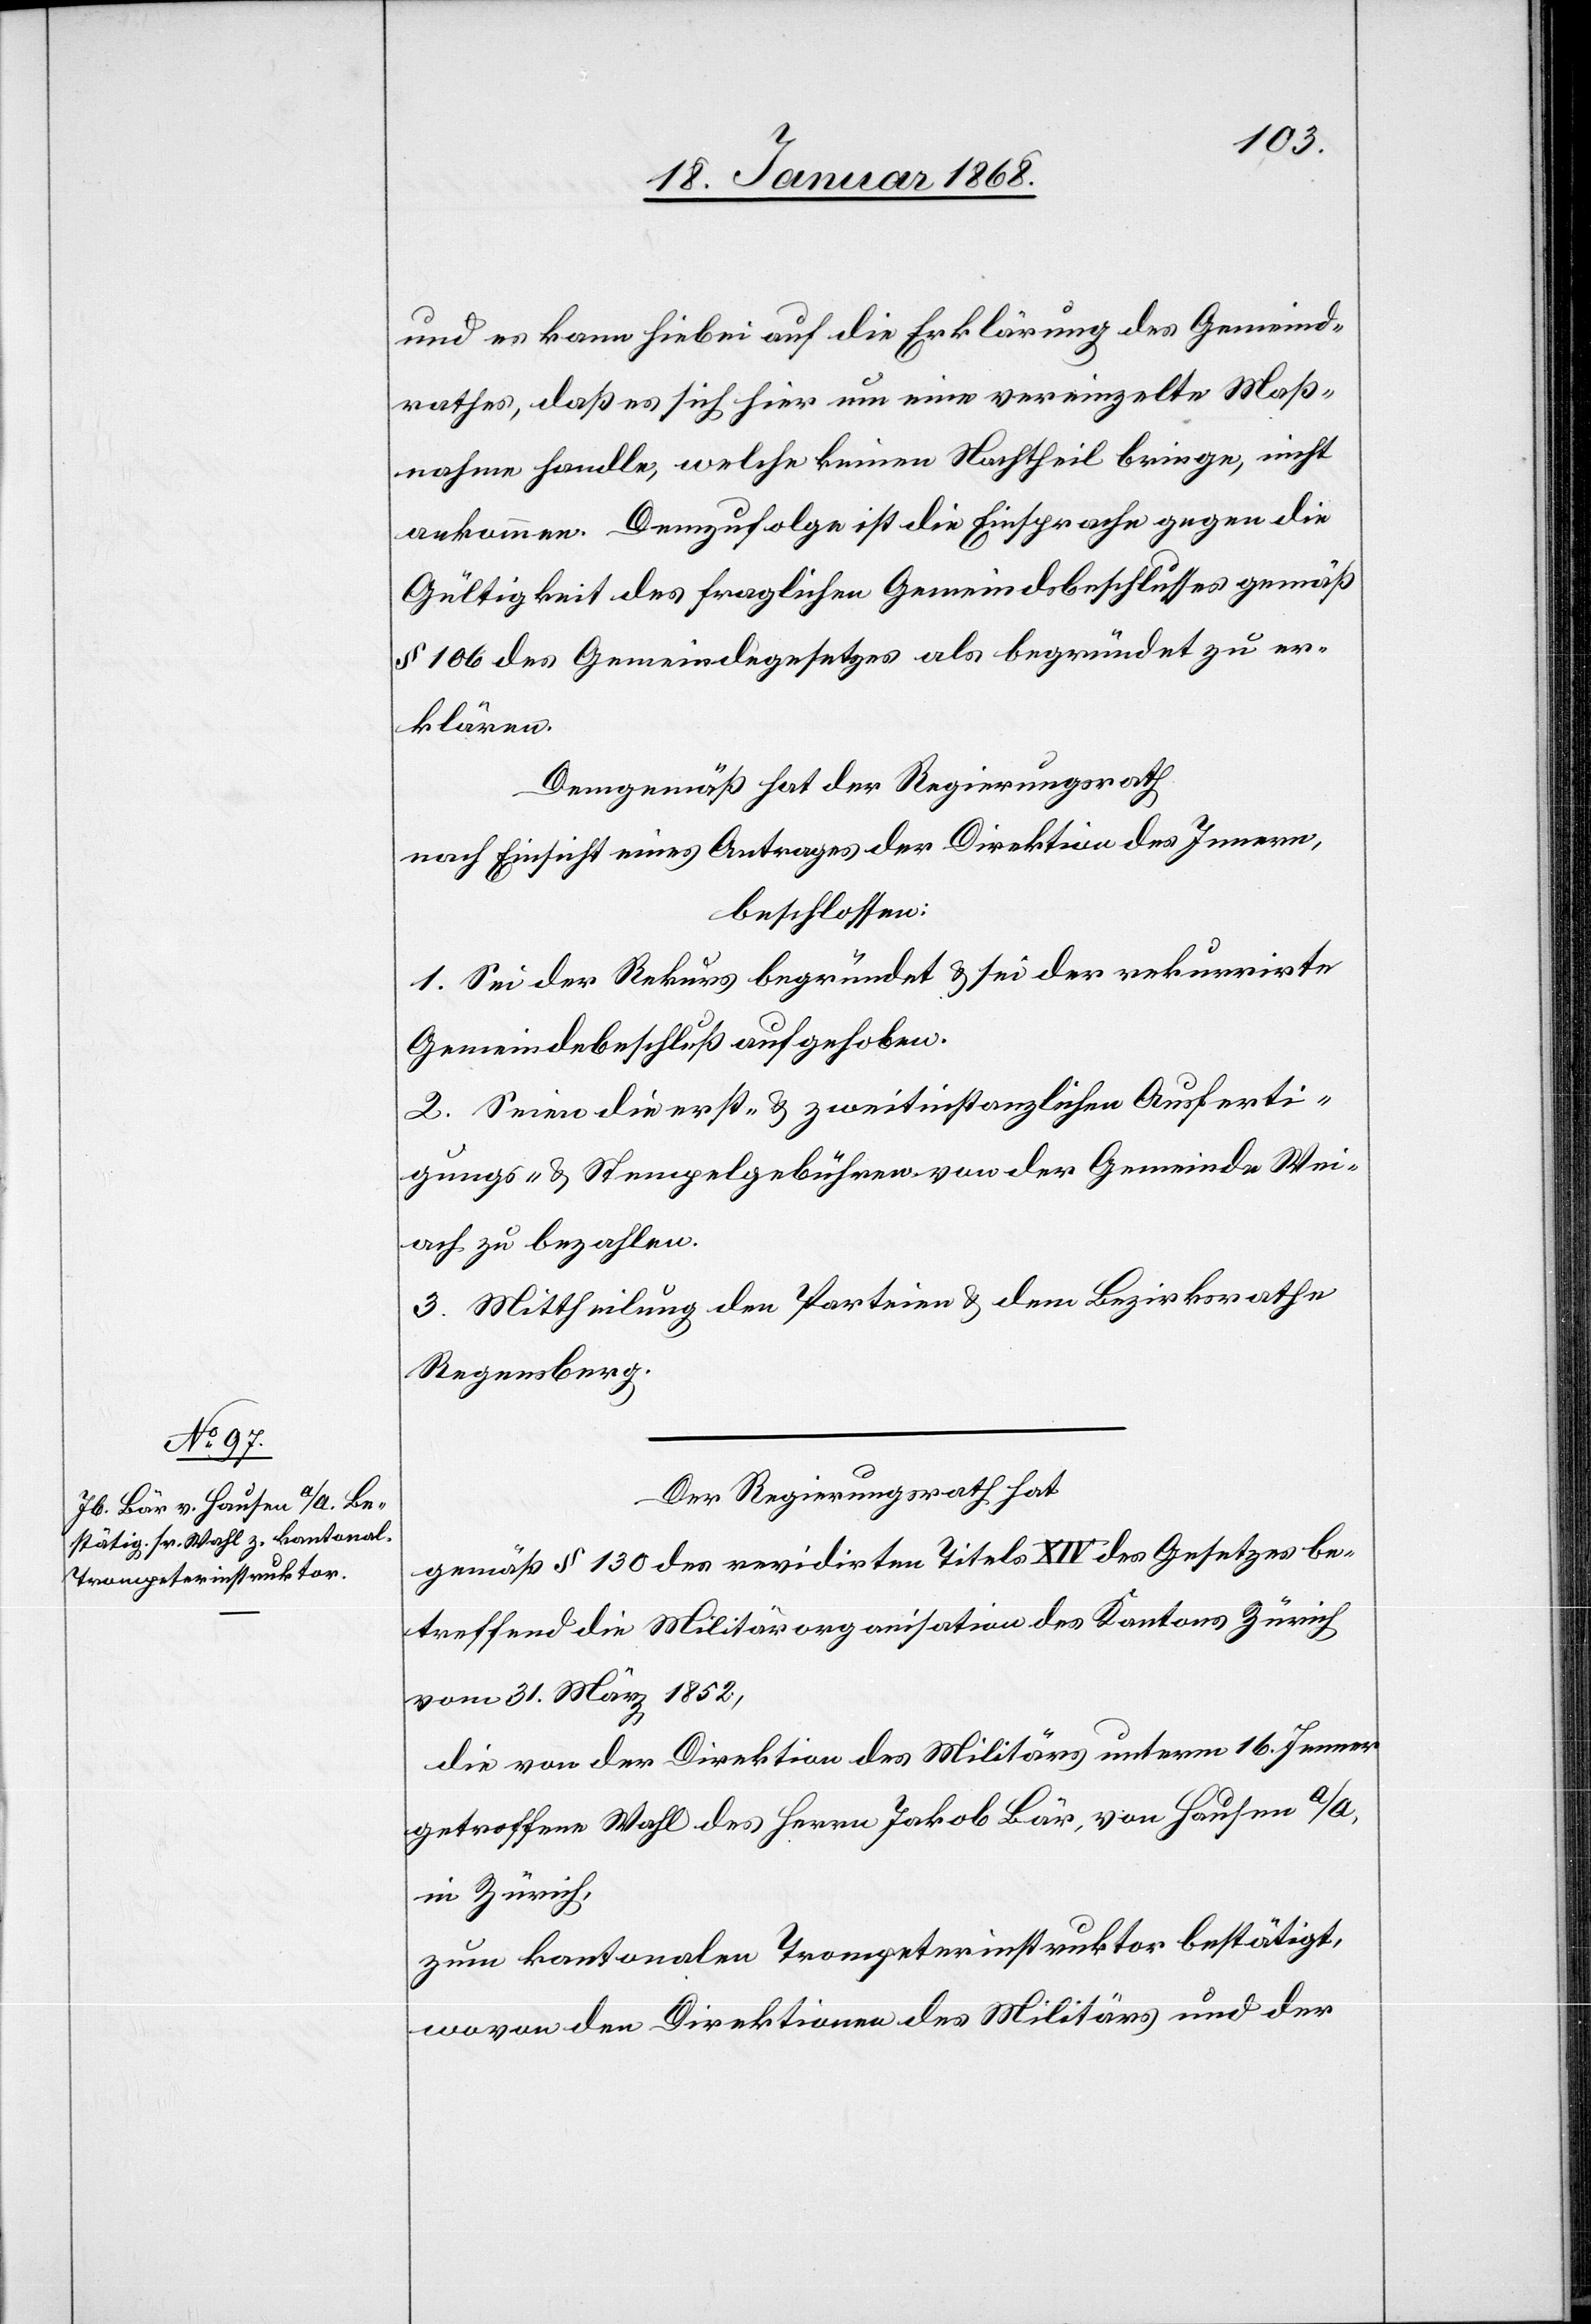
und es kann hiebei auf die Erklärung des Gemeind¬
rathes, daß es sich hier um eine vereinzelte Maß¬
nahme handle, welche keinen Nachtheil bringe, nicht
ankommen. Demzufolge ist die Einsprache gegen die
Gültigkeit des fraglichen Gemeindsbeschlusses gemäß
§ 106 des Gemeindegesetzes als begründet zu er¬
klären.
Demgemäß hat der Regierungsrath
nach Einsicht eines Antrages der Direktion des Innern,
beschlossen:
1. Sei der Rekurs begründet & sei der rekurrirte
Gemeindebeschluß aufgehoben.
2. Seien die erst- & zweitinstanzlichen Ausferti¬
gungs- & Stempelgebühren von der Gemeinde Wei¬
ach zu bezahlen.
3. Mittheilung den Parteien & dem Bezirksrathe
Regensberg.
Der Regierungsrath hat
gemäß § 130 des revidirten Titels XIV des Gesetzes be¬
treffend die Militärorganisation des Kantons Zürich
vom 31. März 1852,
die von der Direktion des Militärs unterm 16. Jenner
getroffene Wahl des Herrn Jakob Bär, von Hausen a/A,
in Zürich,
zum kantonalen Trompeterinstruktor bestätigt,
wovon den Direktionen des Militärs und der